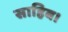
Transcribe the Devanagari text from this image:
साहिब।